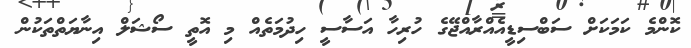
ކޮންމެ ކަމަކަށް ސަބްސިޑީއެއްރާއްޖޭގެ ހުރިހާ އަސާސީ ހިދުމަތެއް މި އޮތީ ސޯޝަލް އިނާޔަތްތަކުން